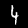
Label: 4